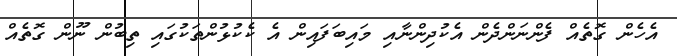
އެހެން ގޮތެއް ފެންނަންދެން އެކުދިންނާއި މައިބަފައިން އެ ކެކުޅުންތަކުގައި ތިބުން ނޫން ގޮތެއް